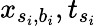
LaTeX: x_{s_{i},b_{i}},t_{s_{i}}